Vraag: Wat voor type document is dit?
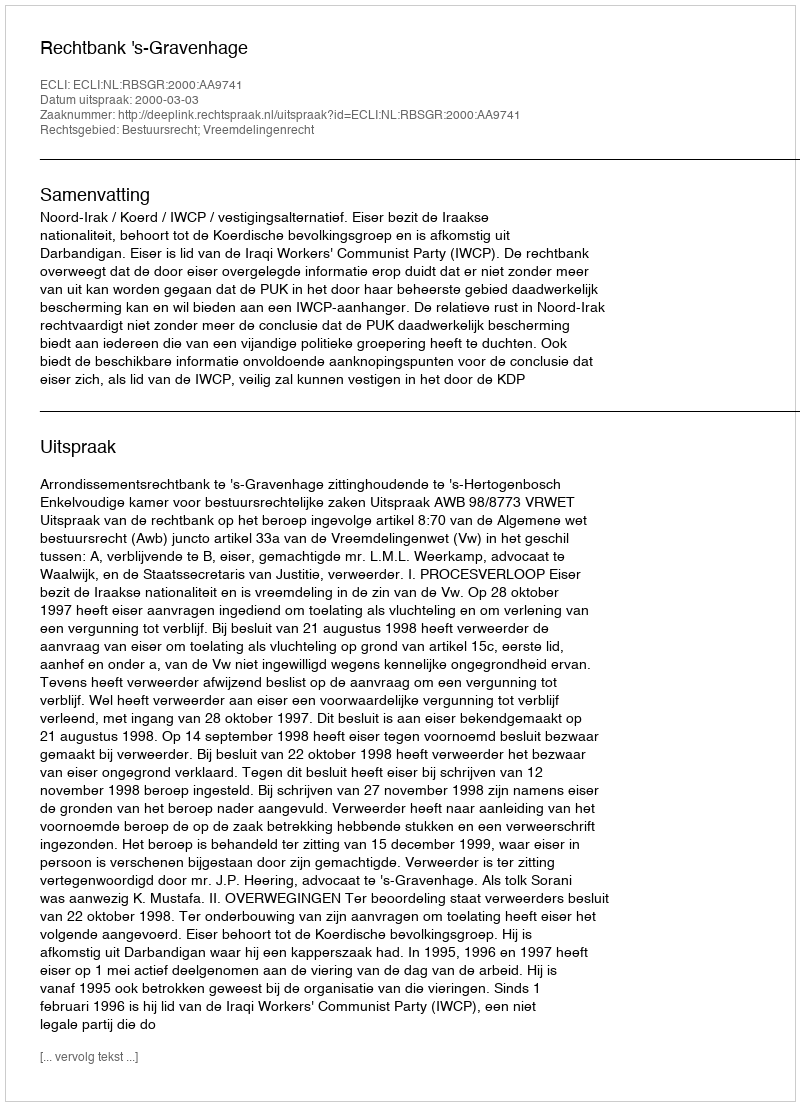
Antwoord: Uitspraak